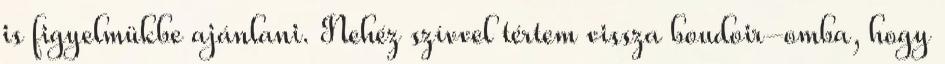
is figyelmükbe ajánlani. Nehéz szívvel tértem vissza boudoir-omba, hogy